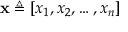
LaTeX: \mathbf { x } \triangleq \left[ x _ { 1 } , x _ { 2 } , \ldots , x _ { n } \right]